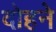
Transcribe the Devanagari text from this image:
दोहने